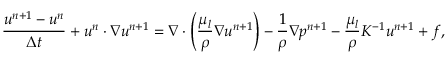
\frac { \boldsymbol { u } ^ { n + 1 } - \boldsymbol { u } ^ { n } } { \Delta t } + \boldsymbol { u } ^ { n } \cdot \nabla \boldsymbol { u } ^ { n + 1 } = \nabla \cdot \left( \frac { \mu _ { l } } { \rho } \nabla \boldsymbol { u } ^ { n + 1 } \right) - \frac { 1 } { \rho } \nabla p ^ { n + 1 } - \frac { \mu _ { l } } { \rho } K ^ { - 1 } \boldsymbol { u } ^ { n + 1 } + \boldsymbol { f } ,